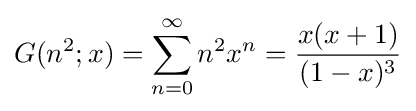
G(n^{2};x)=\sum _{n=0}^{\infty }n^{2}x^{n}={\frac {x(x+1)}{(1-x)^{3}}}